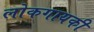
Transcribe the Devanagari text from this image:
लोकगायकी